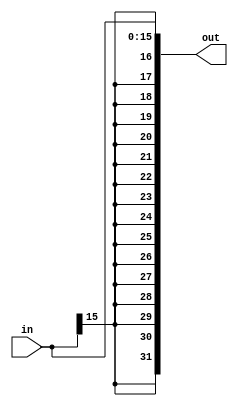
`timescale 1ns / 1ps
//////////////////////////////////////////////////////////////////////////////////
// Company: 
// Engineer: 
// 
// Design Name: 
// Module Name:    shift_16 
// Project Name: 
// Target Devices: 
// Tool versions: 
// Description: 
//
// Dependencies: 
//
// Revision: 
// Revision 0.01 - File Created
// Additional Comments: 
//
//////////////////////////////////////////////////////////////////////////////////
module signext_16(
		input [15:0] in,
		output [31:0] out
    );

	assign out = {{16{in[15]}}, in};

endmodule

module signext_22(
		input [21:0] in,
		output [31:0] out
    );

	assign out = {{10{in[21]}}, in};

endmodule

module signext_28(
		input [27:0] in,
		output [31:0] out
    );

	assign out = {{4{in[21]}}, in};

endmodule